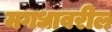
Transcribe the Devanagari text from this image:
मगधावरील